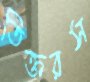
তিক্তরস